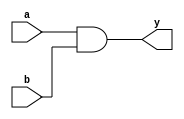
/*******************************************************************************
* Copyright 2000, 2009, Cypress Semiconductor Corporation.  All rights reserved.
* You may use this file only in accordance with the license, terms, conditions, 
* disclaimers, and limitations in the end user license agreement accompanying 
* the software package with which this file was provided.
********************************************************************************/

module cy_and2 (a, b, y);

input   a; 
input   b; 
output  y; 
wire    y; 

assign y = a & b; 

endmodule // module cy_and2


module cy_and3 (a, b, c, y);

input   a; 
input   b; 
input   c; 
output  y; 
wire    y; 

assign y = a & b & c; 

endmodule // module cy_and3


module cy_and4 (a, b, c, d, y);

input   a; 
input   b; 
input   c; 
input   d; 
output  y; 
wire    y; 

assign y = a & b & c & d; 

endmodule // module cy_and4


module cy_or2 (a, b, y);

input   a; 
input   b; 
output  y; 
wire    y; 

assign y = a | b; 

endmodule // module cy_or2


module cy_or3 (a, b, c, y);

input   a; 
input   b; 
input   c; 
output  y; 
wire    y; 

assign y = a | b | c; 

endmodule // module cy_or3


module cy_or4 (a, b, c, d, y);

input   a; 
input   b; 
input   c; 
input   d; 
output  y; 
wire    y; 

assign y = a | b | c | d; 

endmodule // module cy_or4


module cy_xor2 (a, b, y);

input   a; 
input   b; 
output  y; 
wire    y; 

assign y = a ^ b; 

endmodule // module cy_xor2


module cy_xor3 (a, b, c, y);

input   a; 
input   b; 
input   c; 
output  y; 
wire    y; 

assign y = a ^ b ^ c; 

endmodule // module cy_xor3


module cy_xor4 (a, b, c, d, y);

input   a; 
input   b; 
input   c; 
input   d; 
output  y; 
wire    y; 

assign y = a ^ b ^ c ^ d; 

endmodule // module cy_xor4


module cy_inv (a, y);

input   a; 
output  y; 
wire    y; 

assign y = ~a; 

endmodule // module cy_inv


module cy_mux2x1 (a0, a1, s, y);

input   a0; 
input   a1; 
input   s; 
output  y; 
wire    y; 

assign y = s & a1 | ~s & a0; 

endmodule // module cy_mux2x1


module cy_mux4x1 (a0, a1, a2, a3, s0, s1, y);

input   a0; 
input   a1; 
input   a2; 
input   a3; 
input   s0; 
input   s1; 
output  y; 
wire    y; 

assign y = s0 & s1 & a3 | ~s0 & 
	s1 & a2 | s0 & ~s1 & 
	a1 | ~s0 & ~s1 & a0; 

endmodule // module cy_mux4x1


module cy_mux8x1 (a0, a1, a2, a3, a4, a5, a6, a7, s0, s1, s2, y);

input   a0; 
input   a1; 
input   a2; 
input   a3; 
input   a4; 
input   a5; 
input   a6; 
input   a7; 
input   s0; 
input   s1; 
input   s2; 
output  y; 
wire    y; 

assign y = s0 & s1 & s2 & a7 | 
	~s0 & s1 & s2 & a6 | 
	s0 & ~s1 & s2 & a5 | 
	~s0 & ~s1 & s2 & a4 | 
	s0 & s1 & ~s2 & a3 | 
	~s0 & s1 & ~s2 & a2 | 
	s0 & ~s1 & ~s2 & a1 | 
	~s0 & ~s1 & ~s2 & a0; 

endmodule // module cy_mux8x1